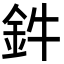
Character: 鈝